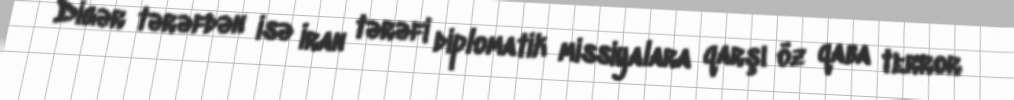
Digər tərəfdən isə İran tərəfi diplomatik missiyalara qarşı öz qaba terror